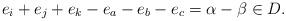
LaTeX: \begin{align*}e_i+e_j+e_k-e_a-e_b-e_c=\alpha-\beta\in D.\end{align*}